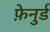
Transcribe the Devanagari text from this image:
फ़ेनुर्ड